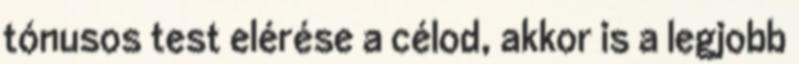
tónusos test elérése a célod, akkor is a legjobb